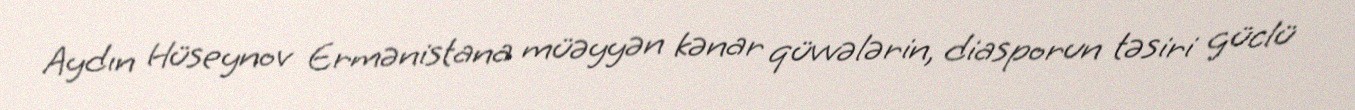
Aydın Hüseynov Ermənistana müəyyən kənar qüvvələrin, diasporun təsiri güclü